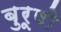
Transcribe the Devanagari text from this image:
बुरूषो